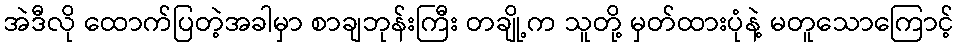
အဲဒီလို ထောက်ပြတဲ့အခါမှာ စာချဘုန်းကြီး တချို့က သူတို့ မှတ်ထားပုံနဲ့ မတူသောကြောင့်